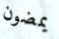
يمضون